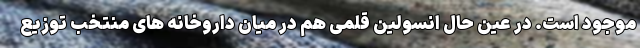
موجود است. در عین حال انسولین قلمی هم در میان داروخانه های منتخب توزیع